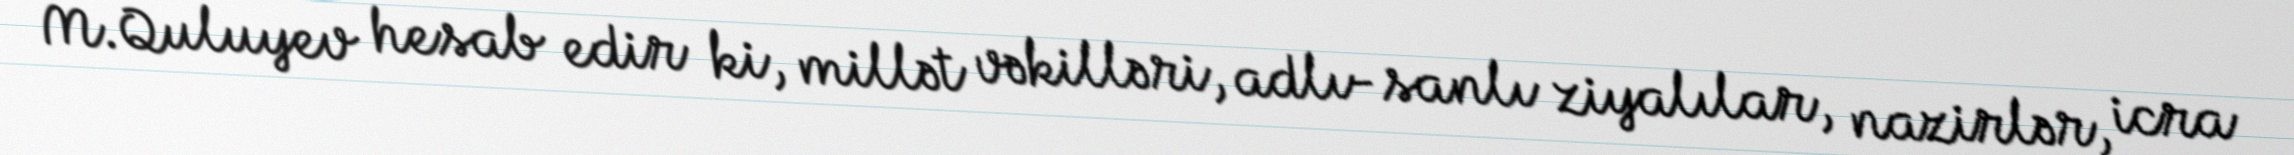
M.Quluyev hesab edir ki, millət vəkilləri, adlı-sanlı ziyalılar, nazirlər, icra